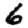
Digit: 6